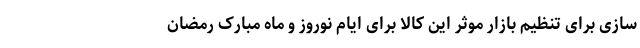
سازی برای تنظیم بازار موثر این کالا برای ایام نوروز و ماه مبارک رمضان